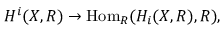
H ^ { i } ( X , R ) \to \operatorname { H o m } _ { R } ( H _ { i } ( X , R ) , R ) ,